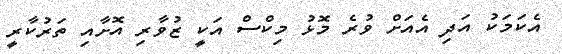
އެކަމަކު އަދި އެއަށް ވުރެ މޮޅު މިކްސް އަކީ ޒުވާރި އޮށާއި ތަރުކާރީ